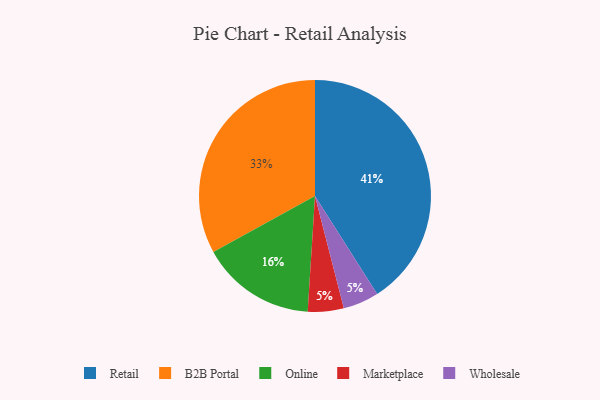
{"axis": {"x": "Category", "y": "Percentage"}, "legend": ["B2B Portal", "Marketplace", "Online", "Retail", "Wholesale"], "data": [{"x": "Retail", "y": 41, "type": "Retail"}, {"x": "B2B Portal", "y": 33, "type": "B2B Portal"}, {"x": "Marketplace", "y": 5, "type": "Marketplace"}, {"x": "Wholesale", "y": 5, "type": "Wholesale"}, {"x": "Online", "y": 16, "type": "Online"}]}